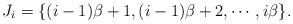
LaTeX: \begin{align*}J_i=\{(i-1)\beta+1, (i-1)\beta+2, \cdots, i\beta\}.\end{align*}